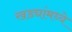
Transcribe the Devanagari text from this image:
खड्यांमध्ये